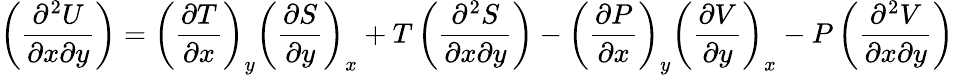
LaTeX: \left({\frac{\partial^{2}U}{\partial x\partial y}}\right)=\left({\frac{\partial T}{\partial x}}\right)_{y}\left({\frac{\partial S}{\partial y}}\right)_{x}+T\left({\frac{\partial^{2}S}{\partial x\partial y}}\right)-\left({\frac{\partial P}{\partial x}}\right)_{y}\left({\frac{\partial V}{\partial y}}\right)_{x}-P\left({\frac{\partial^{2}V}{\partial x\partial y}}\right)